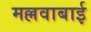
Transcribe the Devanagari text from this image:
मल्लवाबाई